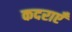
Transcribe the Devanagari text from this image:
कदराएँ